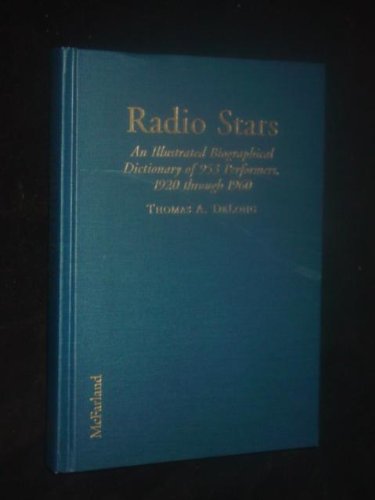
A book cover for Radio Stars: An Illustrated Biographical Dictionary of 953 Performers, 1920 through 1960; Thomas A. Delong; Humor & Entertainment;